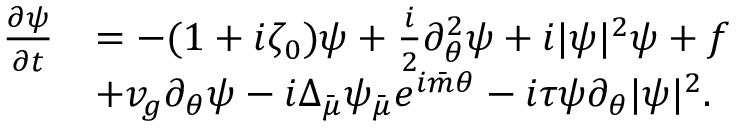
\begin{array} { r l } { \frac { \partial \psi } { \partial t } } & { = - ( 1 + i \zeta _ { 0 } ) \psi + \frac { i } { 2 } \partial _ { \theta } ^ { 2 } \psi + i | \psi | ^ { 2 } \psi + f } \\ & { + v _ { g } \partial _ { \theta } \psi - i \Delta _ { \bar { \mu } } \psi _ { \bar { \mu } } e ^ { i { \bar { m } } \theta } - i \tau \psi \partial _ { \theta } | \psi | ^ { 2 } . } \end{array}